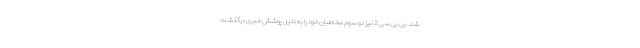
شد. بی بی سی 2 نیز دو سوم مخاطبان خود را به دلیل پوشش خبری درگذشت